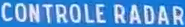
CONTROLE RADAR